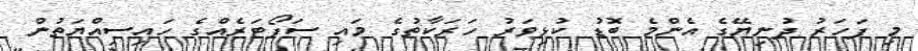
މި ފަހަރު ދުނިޔޭގެ އެންމެ ބޮޑު ކުޅިވަރު ހަރަކާތުގެ މައި ސަޕޯޓަރެއްގެ ހައިސިއްޔަތުން